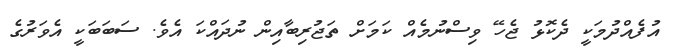
އުފެއްދުމަކީ ދެކޮޅު ޖެހޭ ވިސްނުމެއް ކަމަށް ތަޖުރިބާއިން ނުދައްކަ އެވެ. ސަބަބަކީ އެވަރުގެ